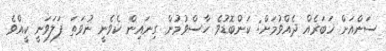
ސަންއަށް ޚަބަރެއް ދެއްވުމަށް: ކަންބޮޑުވެ ހާސްވުމުން ގިނައިން ކެވެނީ ނުވަތަ ފަލަވަނީ ކީއްވެ